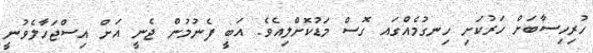
ހުރިހިސާބަށް ހަރުކަށި ހިނގުމެއްގައ ގޮސް މަޑުކޮށްލިއެވެ. އަބީ ފެނުމުން ޖެނީ އަށް އިސްޖަހާލެވުނީ